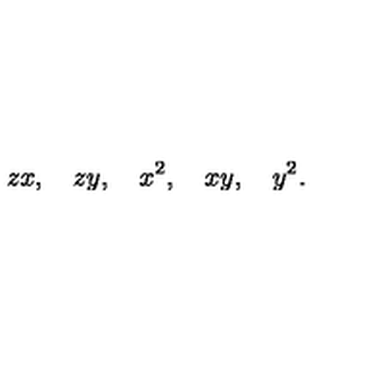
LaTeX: z x , \quad z y , \quad x ^ { 2 } , \quad x y , \quad y ^ { 2 } .